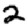
Digit: 2